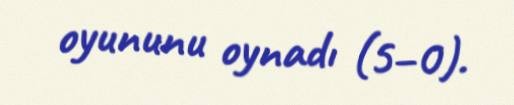
oyununu oynadı (5–0).